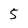
Character: 5